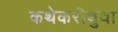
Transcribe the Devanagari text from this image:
कथेकरीबुवा